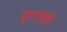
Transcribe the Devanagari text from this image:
वृत्तांमुळे